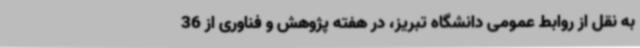
به نقل از روابط عمومی دانشگاه تبریز، در هفته پژوهش و فناوری از 36